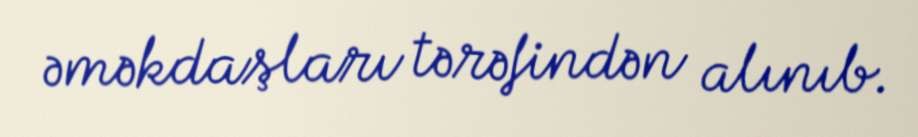
əməkdaşları tərəfindən alınıb.